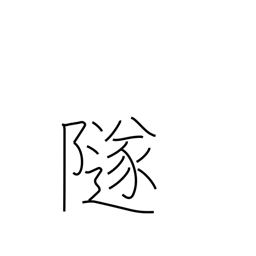
Meaning: fall